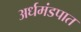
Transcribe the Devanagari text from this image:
अर्धमंडपात